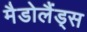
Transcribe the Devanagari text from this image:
मैडोलैंड्स